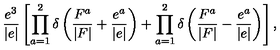
\frac { e ^ { 3 } } { | e | } \left[ \prod _ { a = 1 } ^ { 2 } \delta \left( \frac { F ^ { a } } { | F | } + \frac { e ^ { a } } { | e | } \right) + \prod _ { a = 1 } ^ { 2 } \delta \left( \frac { F ^ { a } } { | F | } - \frac { e ^ { a } } { | e | } \right) \right] ,